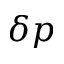
\delta p